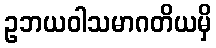
ဥဘယဝါသမာဂတိယမှိ